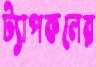
ট্যাপকলের